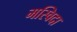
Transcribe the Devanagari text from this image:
मस्विदा